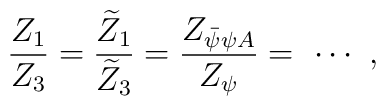
{Z_1\over Z_3} = {\widetilde Z_1\over \widetilde Z_3}= {Z_{\bar\psi \psi A}\over Z_{\psi }} = \ \cdots   \ ,